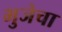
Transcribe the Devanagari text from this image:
भुजेचा